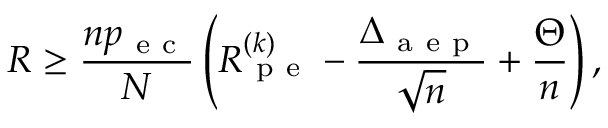
R \geq \frac { n p _ { \mathrm { ~ e ~ c ~ } } } { N } \left( R _ { \mathrm { ~ p ~ e ~ } } ^ { ( k ) } - \frac { \Delta _ { \mathrm { ~ a ~ e ~ p ~ } } } { \sqrt { n } } + \frac { \Theta } { n } \right) ,